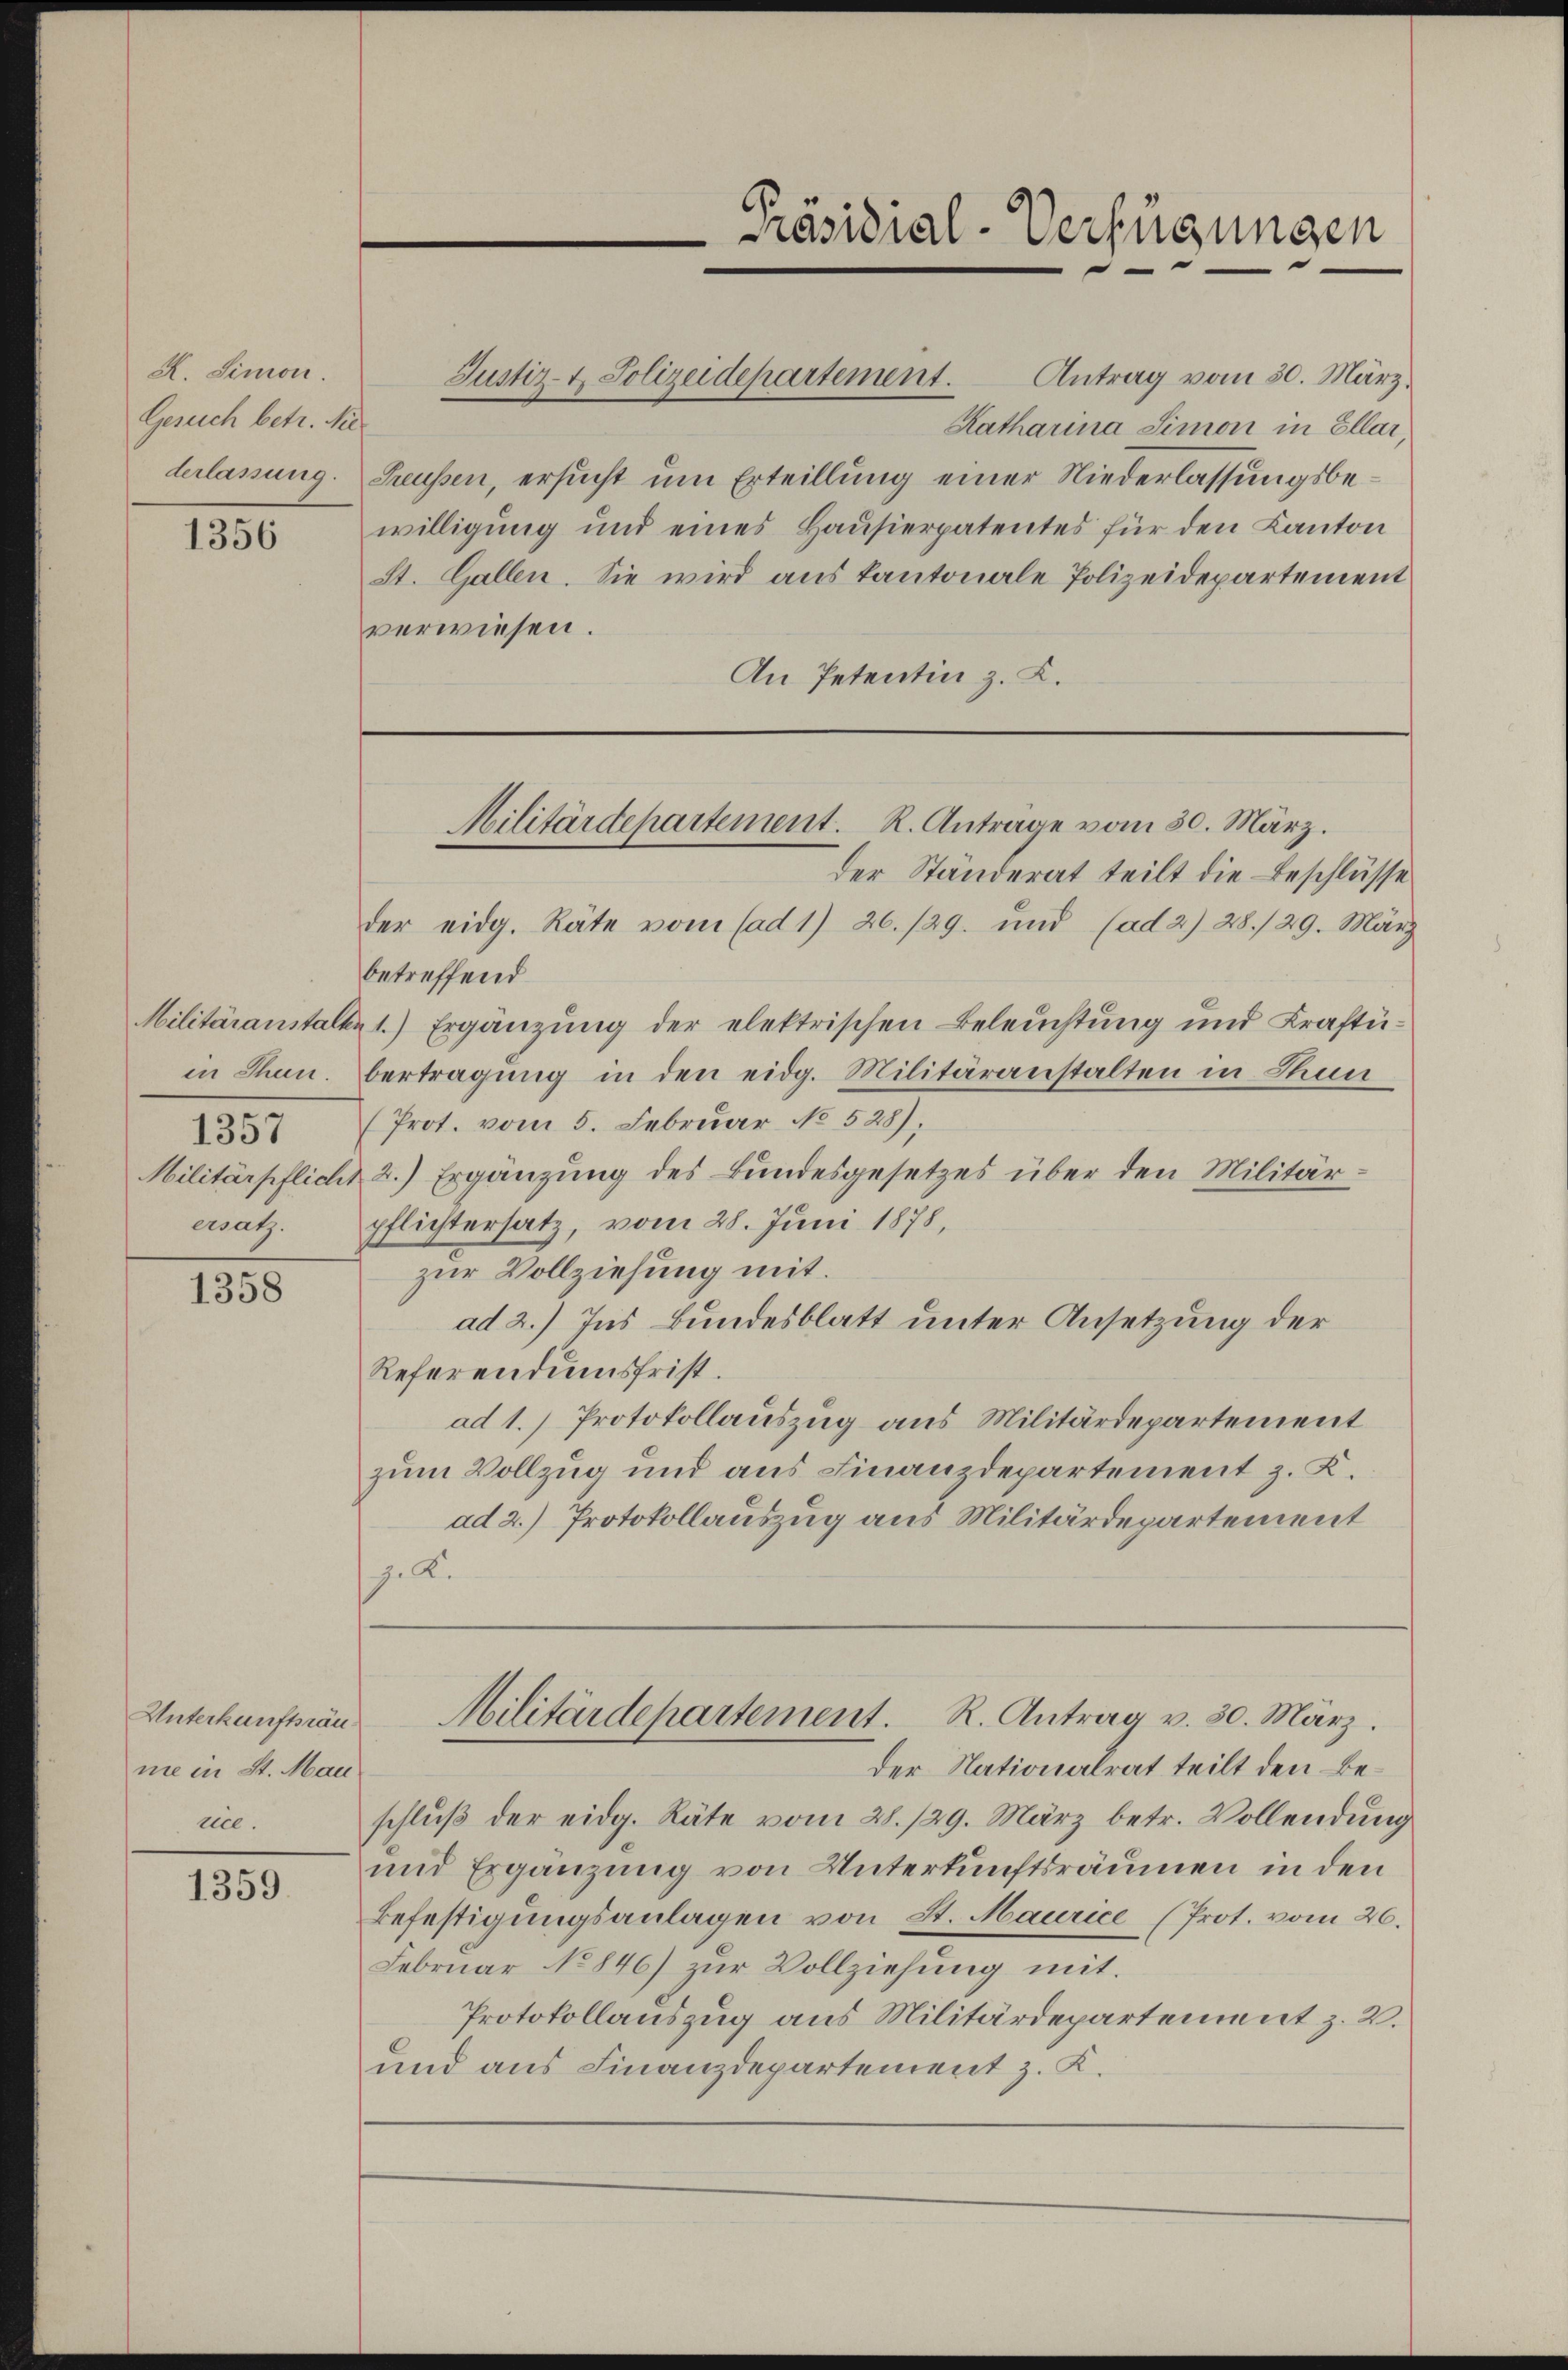
K. Simon.
Gesuch betr. Nie¬

1356

Militäranstalten
in Thun.
1831
Militärpflicht
eatz.

1358

Unterkunfträume in St. Mau
rice.

1359

Antrag vom 30. März.
Katharina Simon in Ellar,
derlassung. Freussen, ersucht um Erteillung einer Niederlassungsbewilligung und eines Hausierpatentes für den Kanton
St. Gallen. Sie wird aus kantonale Polizeidepartement
verwiesen.
An Petentin z. K.

der Ständerat teilt die Beschlüsse
der eidg. Räte vom (ad 1. 26./29. und (ad 2) 28./29. März
betreffend
1.) Ergänzung der elektrischen Beleuchtung und Kraftübertragung in den eidg. Militäranstalten in Thun
(Prot. vom 5. Febrŭar No 528),
2.) Ergänzung des Bundesgesetzes über den Militärpflichtersatz, vom 28. Juni 1878,
zur Vollziehung mit.
ad 2.) Ins Bundesblatt unter Ansetzung der
Referendumsfrist.
ad 1.) Protokollauszug aus Militärdepartement
zum Vollzug und aus Finanzdepartement z. K.
ad 2.) Protokollauszug aus Militärdepartement
z. R.
Militärdepartement. R. Antrag v. 30. März.
Der Nationalrat teilt den Beschluß der eidg. Räte vom 28./29. März betr. Vollendung
und Ergänzung von Unterkunftsräumen in den
Befestigungsanlagen von St. Maurice (Prot. vom 26.
Februar No 846) zur Vollziehung mit.
Protokollauszug aus Militärdepartement z. B.
und aus Finanzdepartement z. K.

Präsidial-Verfügungen

Justiz- & Polizeidepartement.

Militärdepartement. R. Anträge vom 30. März.